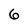
Character: 6